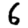
Digit: 6